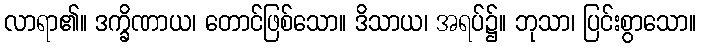
လာရာ၏။ ဒက္ခိဏာယ၊ တောင်ဖြစ်သော။ ဒိသာယ၊ အရပ်၌။ ဘုသာ၊ ပြင်းစွာသော။